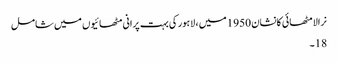
نرالا مٹھائی کانشان 1950 میں ، لاہور کی بہت پرانی مٹھائیوں میں شامل
18۔